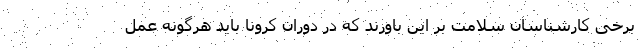
برخی کارشناسان سلامت بر این باورند که در دوران کرونا باید هرگونه عمل